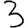
Digit: 3